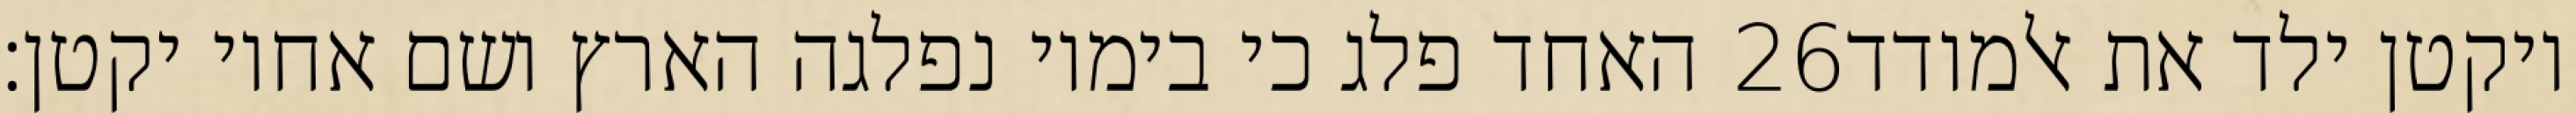
האחד פלג כי בימיו נפלגה הארץ ושם אחיו יקטן׃ ‎26‏ ויקטן ילד את אלמודד